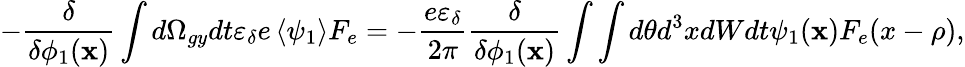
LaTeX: -\frac{\delta}{\delta\phi_{1}(\textbf{x})}\int d\Omega_{gy}dt\varepsilon_{\delta}e\left\langle\psi_{1}\right\rangle F_{e}=-\frac{e\varepsilon_{\delta}}{2\pi}\frac{\delta}{\delta\phi_{1}(\textbf{x})}\int\int d\theta d^{3}xdWdt\psi_{1}(\textbf{x})F_{e}(x-\rho),